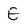
Character: E